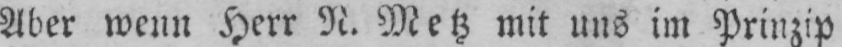
Aber wenn Herr N. Metz mit uns im Prinzip